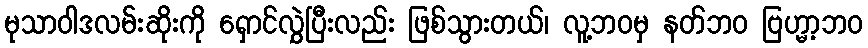
မုသာဝါဒလမ်းဆိုးကို ရှောင်လွှဲပြီးလည်း ဖြစ်သွားတယ်၊ လူ့ဘဝမှ နတ်ဘဝ ဗြဟ္မာ့ဘဝ